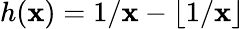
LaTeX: h(\mathbf{x})=1/\mathbf{x}-\lfloor1/\mathbf{x}\rfloor